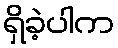
ရှိခဲ့ပါက